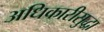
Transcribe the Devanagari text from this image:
अधिकारीसुद्धा